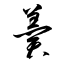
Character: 羮